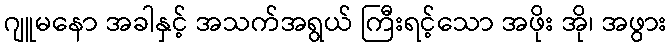
ဂျူမနော အခါနှင့် အသက်အရွယ် ကြီးရင့်သော အဖိုး အို၊ အဖွား